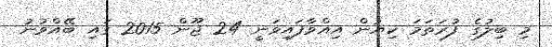
މި ބިލުގެ ފުރަތަމަ ކިޔުން އިއްވާފައިވަނީ 24 ޖޫން 2015 ގައި ބޭއްވުނު